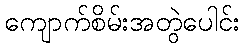
ကျောက်စိမ်းအတွဲပေါင်း